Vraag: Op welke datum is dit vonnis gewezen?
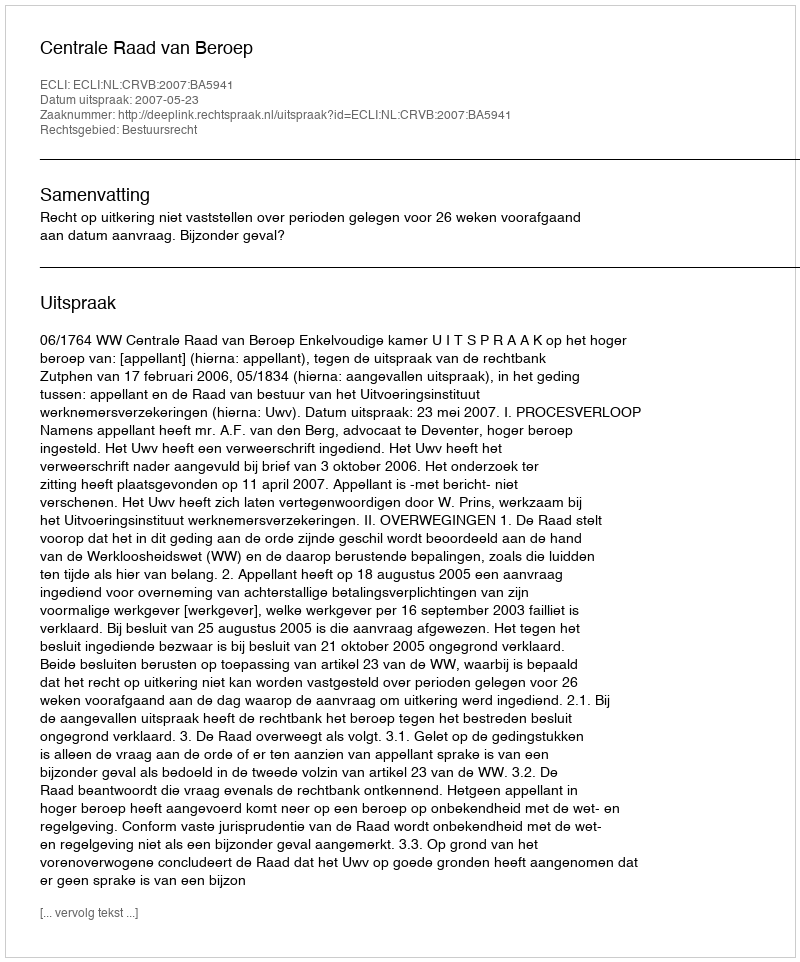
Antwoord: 2007-05-23